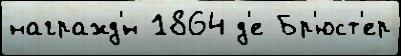
награжд'́н 1864 д'е Бр'юст'ер